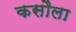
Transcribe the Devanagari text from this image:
कसौला